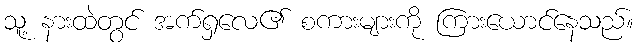
သူ့ နားထဲတွင် အက်ရှလေ၏ စကားများကို ကြားယောင်နေသည်။